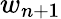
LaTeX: w_{n+1}